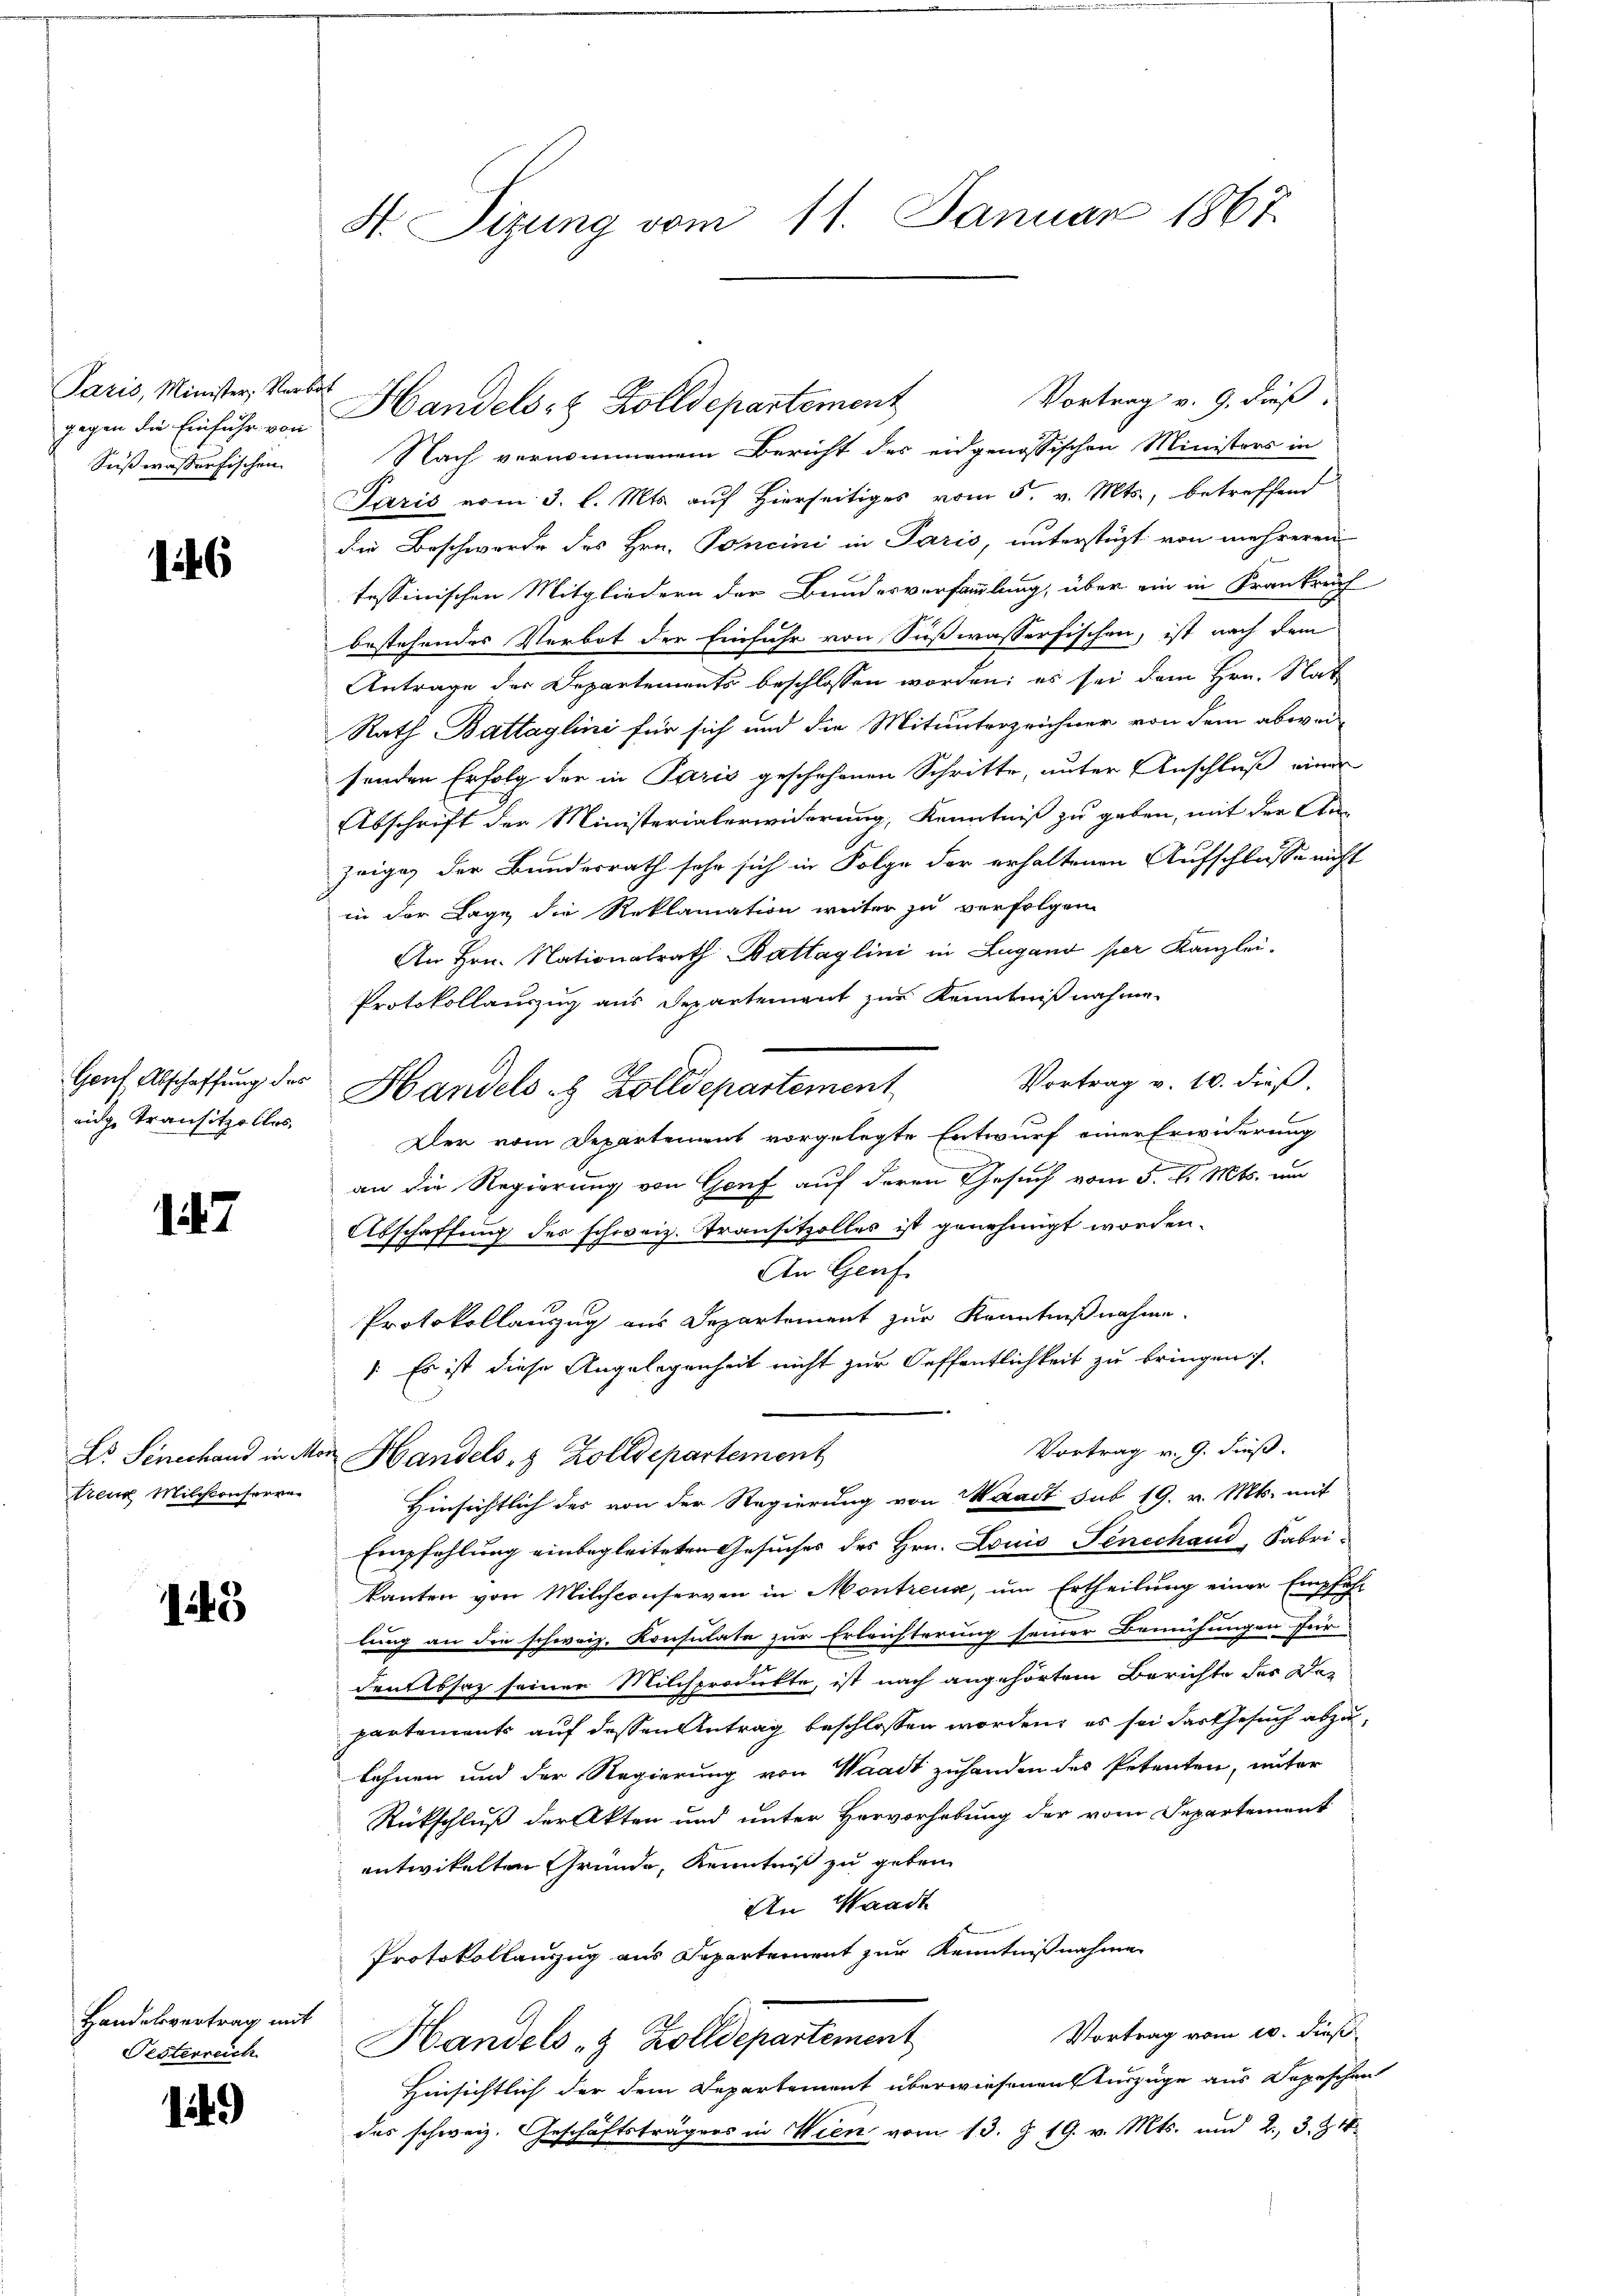
Paris, Minister, Verbat
Sußwasserfischen.

16

Gouf Abschaffung des
rige Transitze blos,

147

treue Milchkonserver

145

Handelsvertrag mit
Pesterreich

149

H Sizung vom 11. Januar 1867.

Vortrag v. 9. dieß
Nach vernommenem Bericht des eidgenössischen Ministers in
Paris vom 3. l. Mts. auf Hierseitiges vom 5. v. Mts., betreffend
die Beschwerde des Hrn. Poncini in Paris, unterstüzt von mehreren
tessinischen Mitgliedern der Bundesversammlung, über ein in Krankrech
bestehendes Verbot der Einfuhr von Sußwasserfischen, ist nach dem
Antrage der Departements beschlossen worden; es sei dem Hrn. Nat
Rath Battaglini für sich und die Mitunterzeichner von dem abwei
senden Erfolg der in Paris geschehenen Schritte, unter Anschluß einer
Abschrift der Ministerialerwiderung, Kenntniß zu geben, mit der Sta
zeiges der Bundesrath sehr sich in Folge der erhaltenen Aufschlusse nicht
in der Lage die Reklamation weiter zu verfolgen
An Hrn. Nationalrath Battaglini in Lugano per Kanzlei-
Protokollauszug aus Departement zur Kenntnißnahme
Vortrag v. 10. dieß
Handels- & Zolldepartement
Der vom Departement vorgelegte Entwurf einer Erwiderung
an die Regierung von Genf auf deren Gesuch vom 5. d. Mts. um
Abschaffung des schweiz. Transitzolles ist genehmigt worden.
An Graf
Protokollanzug aus Departement zur Kenntnißnahme.
) Es ist diese Angelegenheit nicht zur Oeffentlichkeit zu bringen s.
Vortrag v. 9. dieß.
Ls Senechand in Mor Handels- & Zolldepartement
Hinsichtlich der von der Regierung von Waadt sub 19. v. Mts. mit
Empfehlung einbegleiteten Gesuches des Hrn. Louis Senechand, Fabri-
kanten von Milchconserven in Montreuse, um Ertheilung einer Empfehl
lung an die schweiz. Konsulate zur Erleichterung seiner Bemühungen für
denbsaz seiner Milchprodukte, ist nach angehörtem Berichte der Departements auf dessen Antrag beschlossen worden, es sei das Gesuch abzulehnen und der Regierung von Waadt zuhanden des Petenten, unter
Rückschluß der Akten und unter Hervorhebung der vom Departement
entwickelten Gründe, Kenntniß zu geben
An Waadt
Protokollauszug aus Departement zur Kenntnißnahme
Vortrag vom 10. dieß
Handels- & Zolldepartement
Hinsichtlich der dem Departement überwiesenensturzüge aus Depeschen
das schweiz. Geschäftsträgers in Wien vom 13. J. 19. v. Mts. und 2., 3. Z

gegen die Einfuhr von Handels- & Zolldepartement